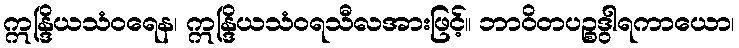
ဣန္ဒြိယသံဝရေန၊ ဣန္ဒြိယသံဝရသီလအားဖြင့်။ ဘာဝိတပဉ္စဒွါရကာယော၊